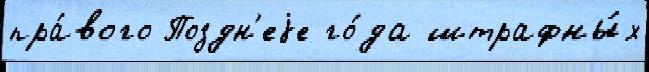
пра́вого Поздн'еjе го́да штрафны́х